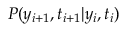
P ( y _ { i + 1 } , t _ { i + 1 } | y _ { i } , t _ { i } )